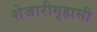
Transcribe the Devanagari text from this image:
शेजारीगृहासी